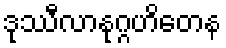
ဒုဿီလာနုဂ္ဂဟိတေန